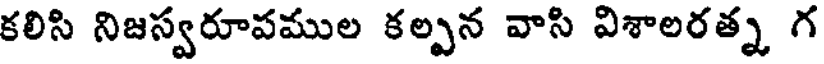
కలిసి నిజస్వరూపముల కల్పన వాసి విశాలరత్న గ